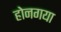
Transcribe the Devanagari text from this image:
होनगया